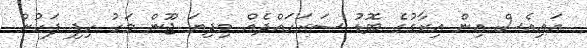
އައިއެސް އިން އިރާގުގެ ބޮޑު ސަރަހައްދެއް މިދިޔަ ޖޫން މަހު ހިފި ފަހުން